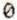
0